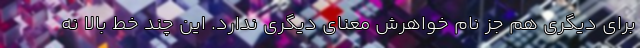
برای دیگری هم جز نام خواهرش معنای دیگری ندارد. این چند خط بالا نه